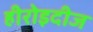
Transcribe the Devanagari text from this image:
हीरोइदीज